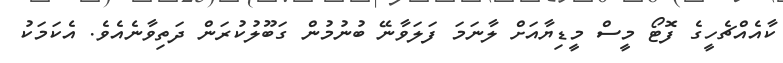
ކާއެއްޗެހީގެ ފޮޓޯ މީސް މީޑިޔާއަށް ލާނަމަ ފަލަވާނޭ ބުނުމުން ގަބޫލުކުރަން ދަތިވާނެއެވެ. އެކަމަކު